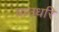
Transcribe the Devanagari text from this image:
चाउधरि